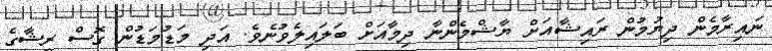
ނައިރާމެން ދިޔުމުން ރައިޝާއަށް ޔާޝްމެންނާ ދިމާއަށް ބަލައިލެވުނެވެ. އަދި މަޑުމަޑުން ގޮސް ރީޝާގެ